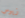
زيوس